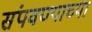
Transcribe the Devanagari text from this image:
संपवण्याच्या